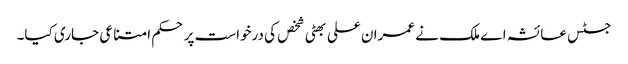
جسٹس عائشہ اے ملک نے عمران علی بھٹی شخص کی درخواست پر حکم امتناعی جاری کیا۔